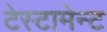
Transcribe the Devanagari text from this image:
टेस्टामेन्ट